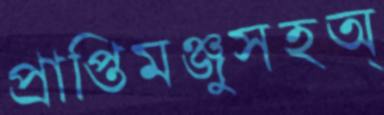
প্রাপ্তিমঞ্জুসহঅ্